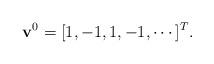
LaTeX: \begin{align*}\mathbf{v}^{0}=[1, -1, 1, -1, \cdots]^{T}.\end{align*}